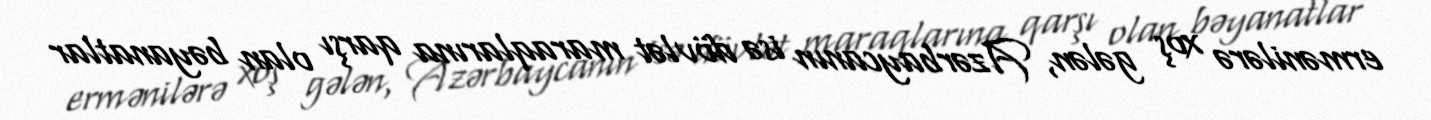
ermənilərə xoş gələn, Azərbaycanın isə dövlət maraqlarına qarşı olan bəyanatlar